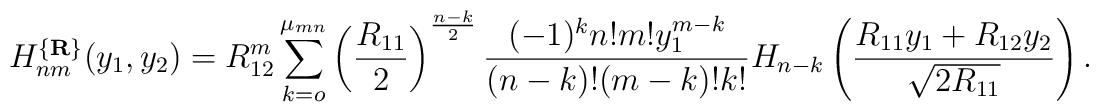
\mbox{$H_{nm}^{\{{\bf R}\}}(y_1,y_2)$}=R_{12}^m\sum_{k=o}^{\mu_{mn}}\left(\frac {R_{11}}2\right)^{\frac {n-k}2}\frac {(-1)^kn!m!y_1^{m-k}}{(n-k)!(m-k)!k!}H_{n-k}\left(\frac {R_{11}y_1+R_{12}y_2}{\sqrt {2R_{11}}}\right).